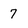
Character: 7